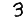
Digit: 3